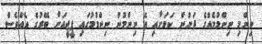
ނިންމި ނިންމުމެއްގެ ދަށުން ކަމަށާއި އެ ނިންމުން ނިންމުމުގައި ޕީޖީއަށް ބޭރުގެ އެއްވެސް